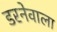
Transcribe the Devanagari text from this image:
डरनेवाला